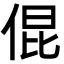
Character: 倱